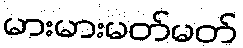
မားမားမတ်မတ်